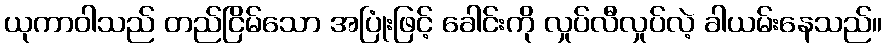
ယုကာဝါသည် တည်ငြိမ်သော အပြုံးဖြင့် ခေါင်းကို လှုပ်လီလှုပ်လဲ့ ခါယမ်းနေသည်။